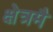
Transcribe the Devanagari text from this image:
क्षेत्रमै